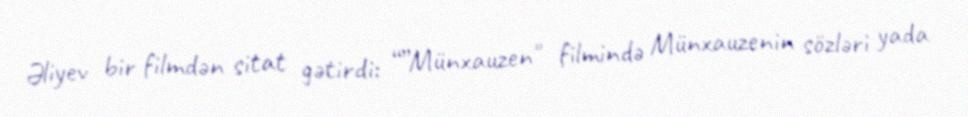
Əliyev bir filmdən sitat gətirdi: “”Münxauzen" filmində Münxauzenin sözləri yada